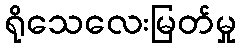
ရိုသေလေးမြတ်မှု